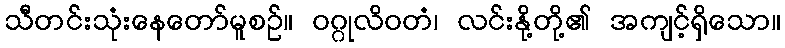
သီတင်းသုံးနေတော်မူစဉ်။ ဝဂ္ဂုလိဝတံ၊ လင်းနို့တို့၏ အကျင့်ရှိသော။